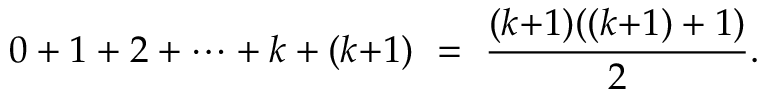
0 + 1 + 2 + \cdots + k + ( k { + } 1 ) \ = \ { \frac { ( k { + } 1 ) ( ( k { + } 1 ) + 1 ) } { 2 } } .